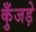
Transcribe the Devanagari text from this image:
कुँजड़े